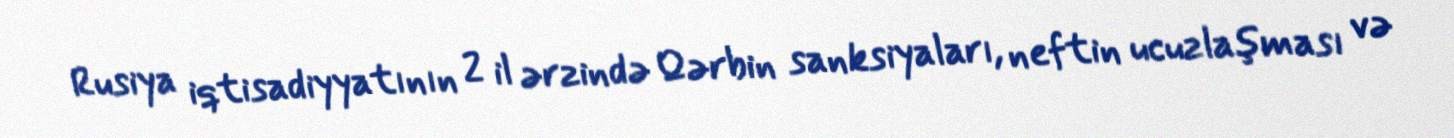
Rusiya iqtisadiyyatının 2 il ərzində Qərbin sanksiyaları, neftin ucuzlaşması və